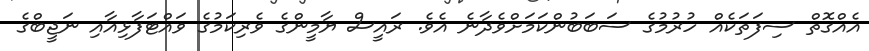
އެއްގޮތް ސިފަތަކެއް ހުރުމުގެ ސަބަބުުންކަަމަށްވެދާނެ އެވެ. ރައީސް ޔާމީންގެ ވެރިކަމުގެ ވައްޓަފާޅިއާއި ނަޖީބްގެ